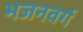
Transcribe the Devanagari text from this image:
भजनवर्ग